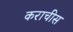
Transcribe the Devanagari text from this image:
कराचीस